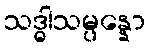
သဒ္ဓါသမ္ပန္နော